Report on sanitation, dispensaries, and jails in Rajputana for 1911, and on vaccination for the year 1911-1912 - 1911-1912
Year: 1911
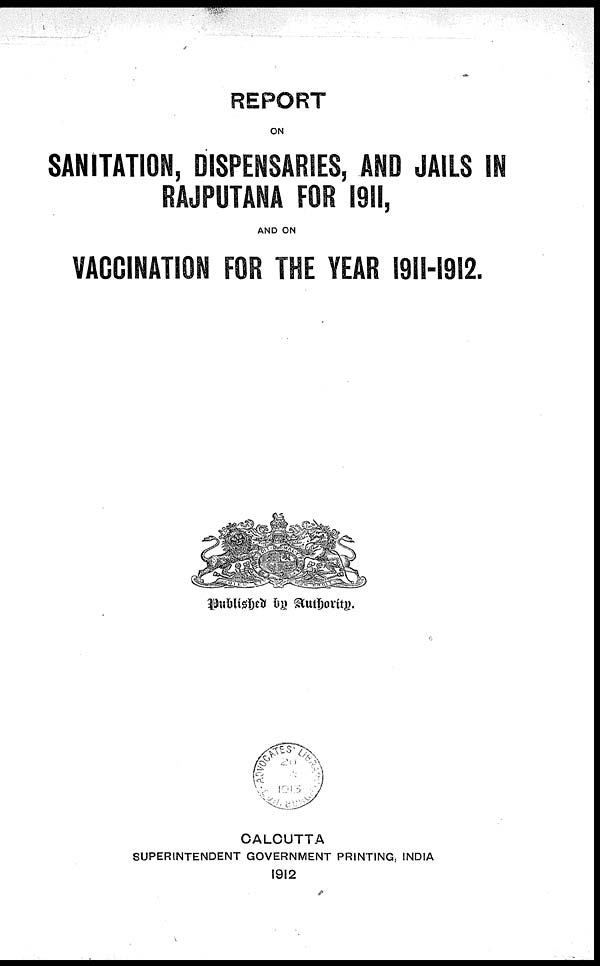
REPORT
ON
SANITATION, DISPENSARIES, AND JAILS IN
RAJPUTANA FOR 1911,
AND ON
VACCINATION FOR THE YEAR 1911-1912.
Published by Authority
CALCUTTA
SUPERINTENDENT GOVERNMENT PRINTING, INDIA
1912